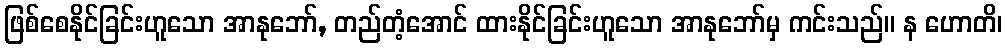
ဖြစ်စေနိုင်ခြင်းဟူသော အာနုဘော်, တည်တံ့အောင် ထားနိုင်ခြင်းဟူသော အာနုဘော်မှ ကင်းသည်။ န ဟောတိ၊